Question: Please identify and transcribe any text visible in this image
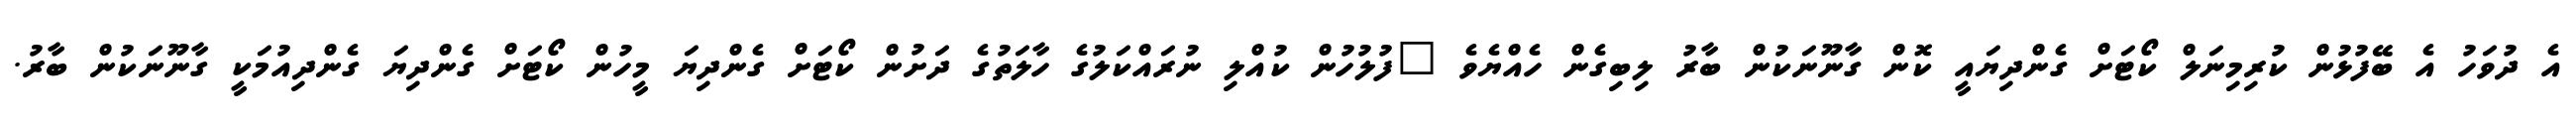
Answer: އެ ދުވަހު އެ ބޭފުޅުން ކުރިމިނަލް ކޯޓަށް ގެންދިޔައީ ކޮން ގާނޫނަކުން ބާރު ލިބިގެން ހެއްޔެވެ "ފުލުހުން ކުއްލި ނުރައްކަލުގެ ހާލަތުގެ ދަށުން ކޯޓަށް ގެންދިޔަ މީހުން ކޯޓަށް ގެންދިޔަ ގެންދިއުމަކީ ގާނޫނަކުން ބާރު.